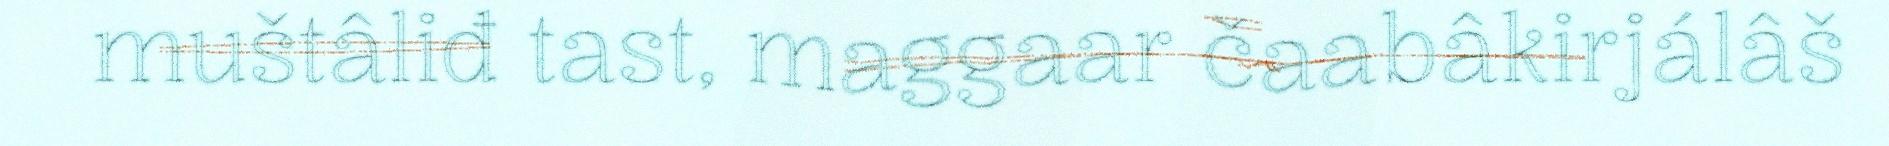
muštâliđ tast, maggaar čaabâkirjálâš